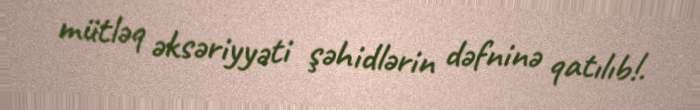
mütləq əksəriyyəti şəhidlərin dəfninə qatılıb!.